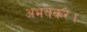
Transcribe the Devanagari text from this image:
अभयंकर।